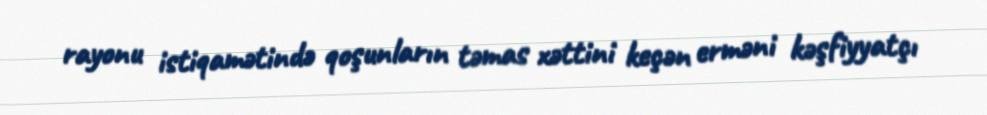
rayonu istiqamətində qoşunların təmas xəttini keçən erməni kəşfiyyatçı